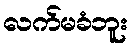
လက်မခံဘူး